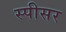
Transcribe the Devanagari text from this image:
स्पीसर